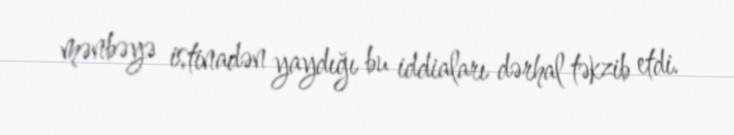
mənbəyə istinadən yaydığı bu iddiaları dərhal təkzib etdi.